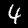
Label: 4